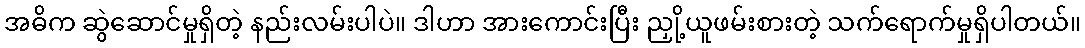
အဓိက ဆွဲဆောင်မှုရှိတဲ့ နည်းလမ်းပါပဲ။ ဒါဟာ အားကောင်းပြီး ညှို့ယူဖမ်းစားတဲ့ သက်ရောက်မှုရှိပါတယ်။